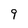
Character: 9